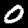
Digit: 0